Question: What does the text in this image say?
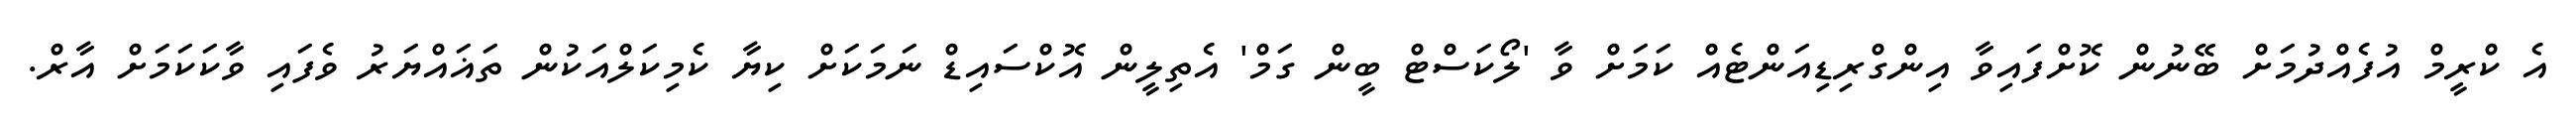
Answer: އެ ކްރީމް އުފެއްދުމަށް ބޭނުން ކޮށްފައިވާ އިންގްރިޑިއަންޓެއް ކަމަށް ވާ 'ލޯކަސްޓް ބީން ގަމް' އެތިލީން އޮކްސައިޑް ނަމަކަށް ކިޔާ ކެމިކަލްއަކުން ތަޣައްޔަރު ވެފައި ވާކަކަމަށް އާރް.